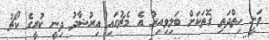
ވަނީ ހިތްދަތި ގޮތަކަށް ބަލިވިއިރު އެ މެޗުގައި އިރުޝާދު ދިނީ ކުރީގެ ކޯޗު